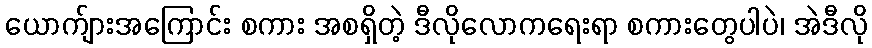
ယောက်ျားအကြောင်း စကား အစရှိတဲ့ ဒီလိုလောကရေးရာ စကားတွေပါပဲ၊ အဲဒီလို